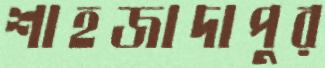
শাহজাদাপুর